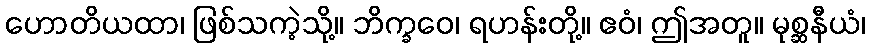
ဟောတိယထာ၊ ဖြစ်သကဲ့သို့။ ဘိက္ခဝေ၊ ရဟန်းတို့။ ဧဝံ၊ ဤအတူ။ မုစ္ဆနီယံ၊